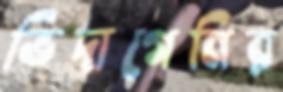
ভিদাগেনির